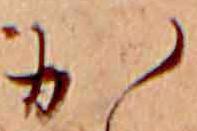
か